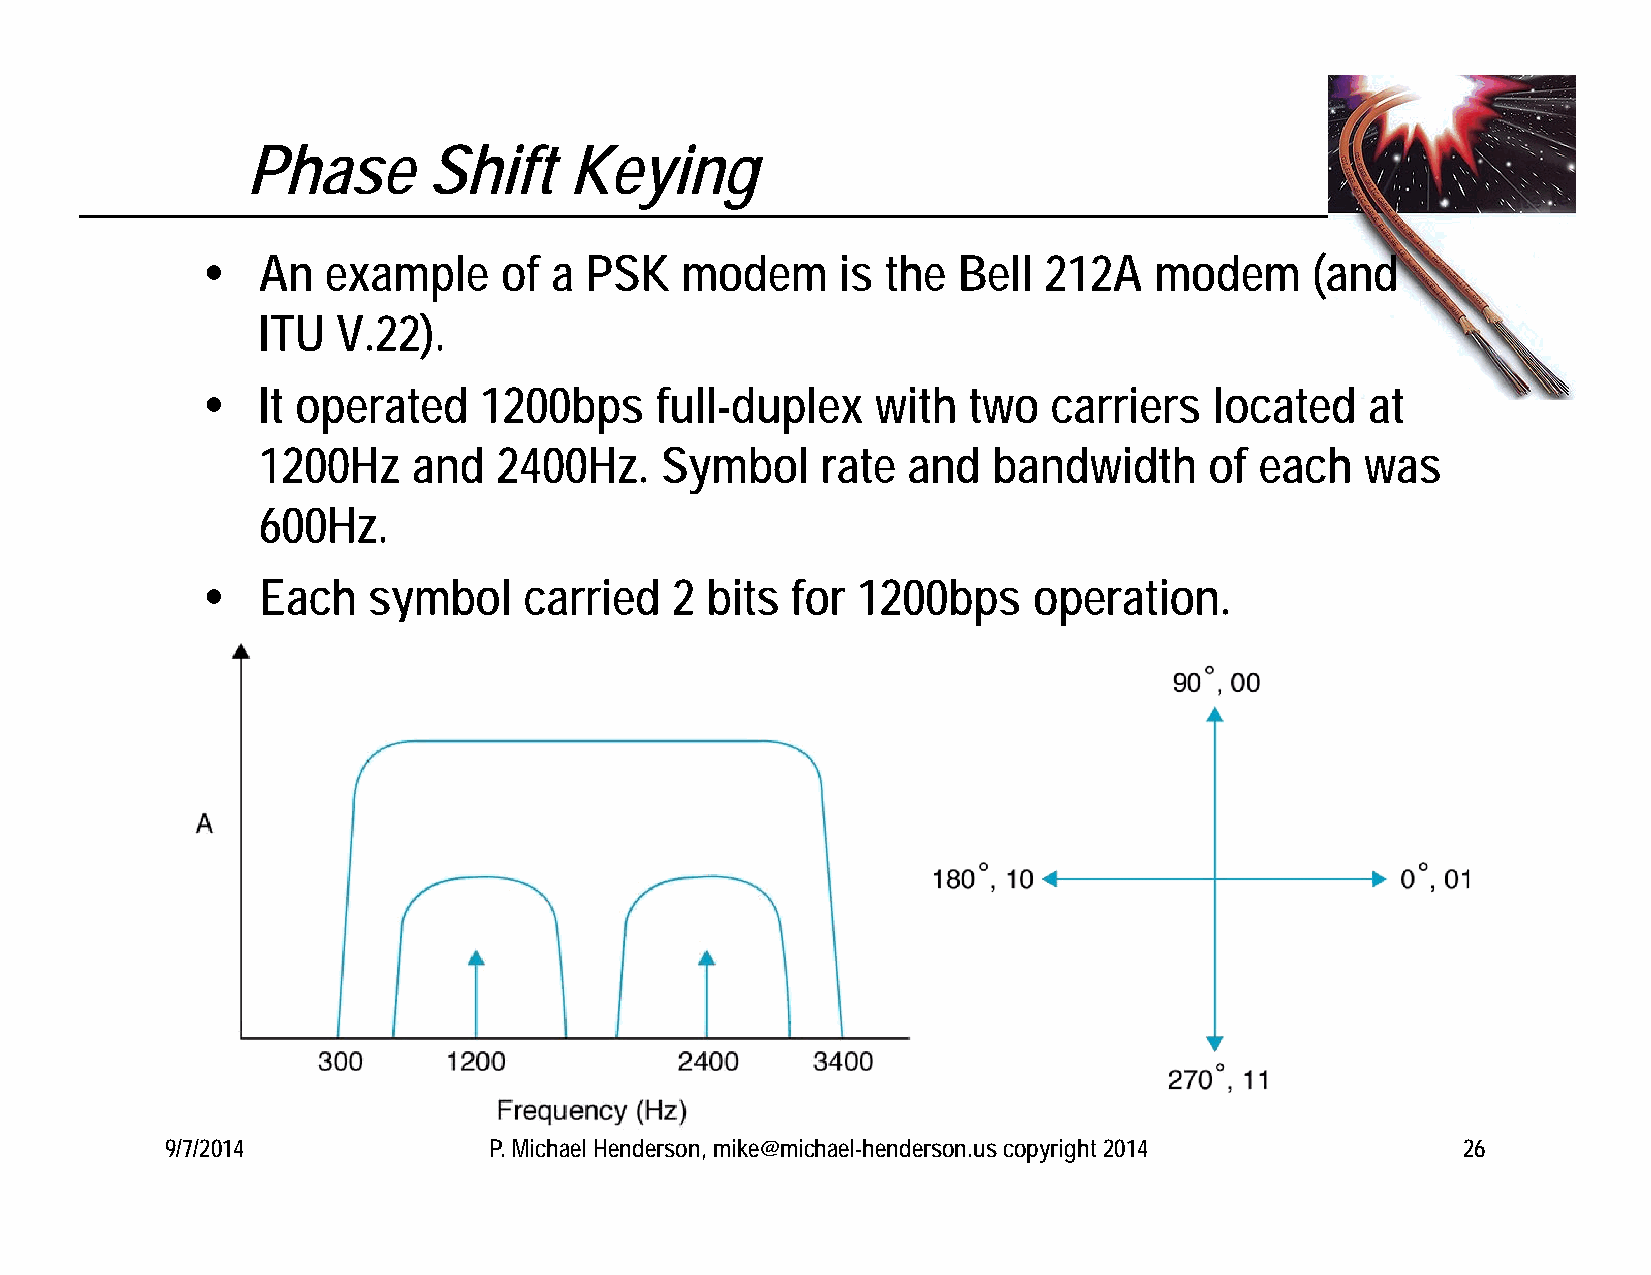
Phase       Shift     Keying
    An   example    of a  PSK   modem      is the Bell  212A   modem      (and
 ITU  V.22).
    It operated    1200bps    full-duplex    with  two   carriers  located    at
 1200Hz    and   2400Hz.    Symbol    rate  and   bandwidth     of each   was
 600Hz.
    Each   symbol     carried  2  bits for  1200bps    operation.
 9/7/2014             P. Michael Henderson, mike@michael-henderson.us copyright 2014   26